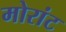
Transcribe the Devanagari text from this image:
मोरांट